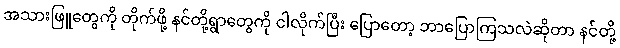
အသားဖြူတွေကို တိုက်ဖို့ နင်တို့ရွာတွေကို ငါလိုက်ပြီး ပြောတော့ ဘာပြောကြသလဲဆိုတာ နင်တို့